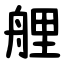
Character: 艃